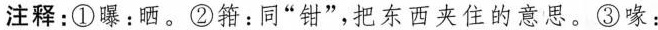
注释：①曝：晒。②箝：同”钳”，把东西夹住的意思。③喙：